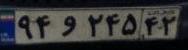
۹۴و۲۴۵۴۲